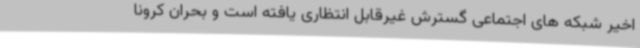
اخیر شبکه های اجتماعی گسترش غیرقابل انتظاری یافته است و بحران کرونا